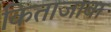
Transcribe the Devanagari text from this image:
किताजावा